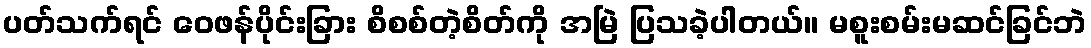
ပတ်သက်ရင် ဝေဖန်ပိုင်းခြား စိစစ်တဲ့စိတ်ကို အမြဲ ပြသခဲ့ပါတယ်။ မစူးစမ်းမဆင်ခြင်ဘဲ